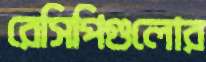
রেসিপিগুলোর